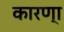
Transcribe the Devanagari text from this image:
कारण्‍ा